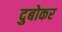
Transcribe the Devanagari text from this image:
दुबोकर